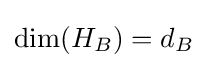
\dim(H_{B})=d_{B}